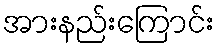
အားနည်းကြောင်း